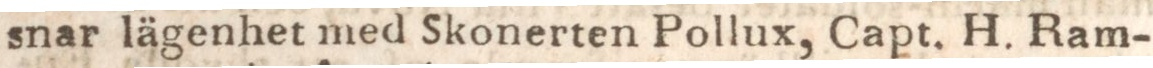
snar lägenhet med Skonerten Pollux, Capt. H. Ram-